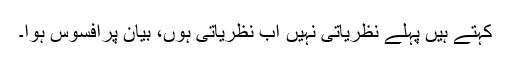
کہتے ہیں پہلے نظریاتی نہیں اب نظریاتی ہوں، بیان پرافسوس ہوا۔